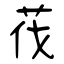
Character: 茷